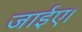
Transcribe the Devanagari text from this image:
जाईए।